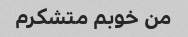
من خوبم متشکرم